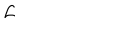
{ \cal L }